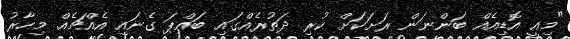
"މިއީ އޮޑިއެއް ބަންނަން ރަށަކަށް ކުރި ދަތުރެއްގައި ބައްޕަ ގެނައި އެއްޗެއް. މިހާރު